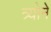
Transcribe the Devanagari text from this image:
त्र्योने